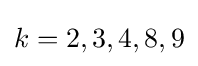
k=2,3,4,8,9